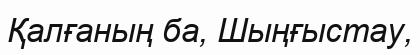
Қалғаның ба, Шыңғыстау,